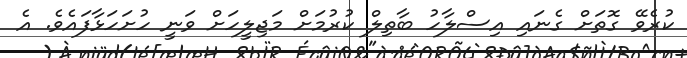
ކުރެވޭ ގޮތަށް ގެނައި އިސްލާހު ބާތިލް ކުރުމަށް މަޖިލީހަށް ވަނީ ހުށަހަޅާފައެވެ. އެ